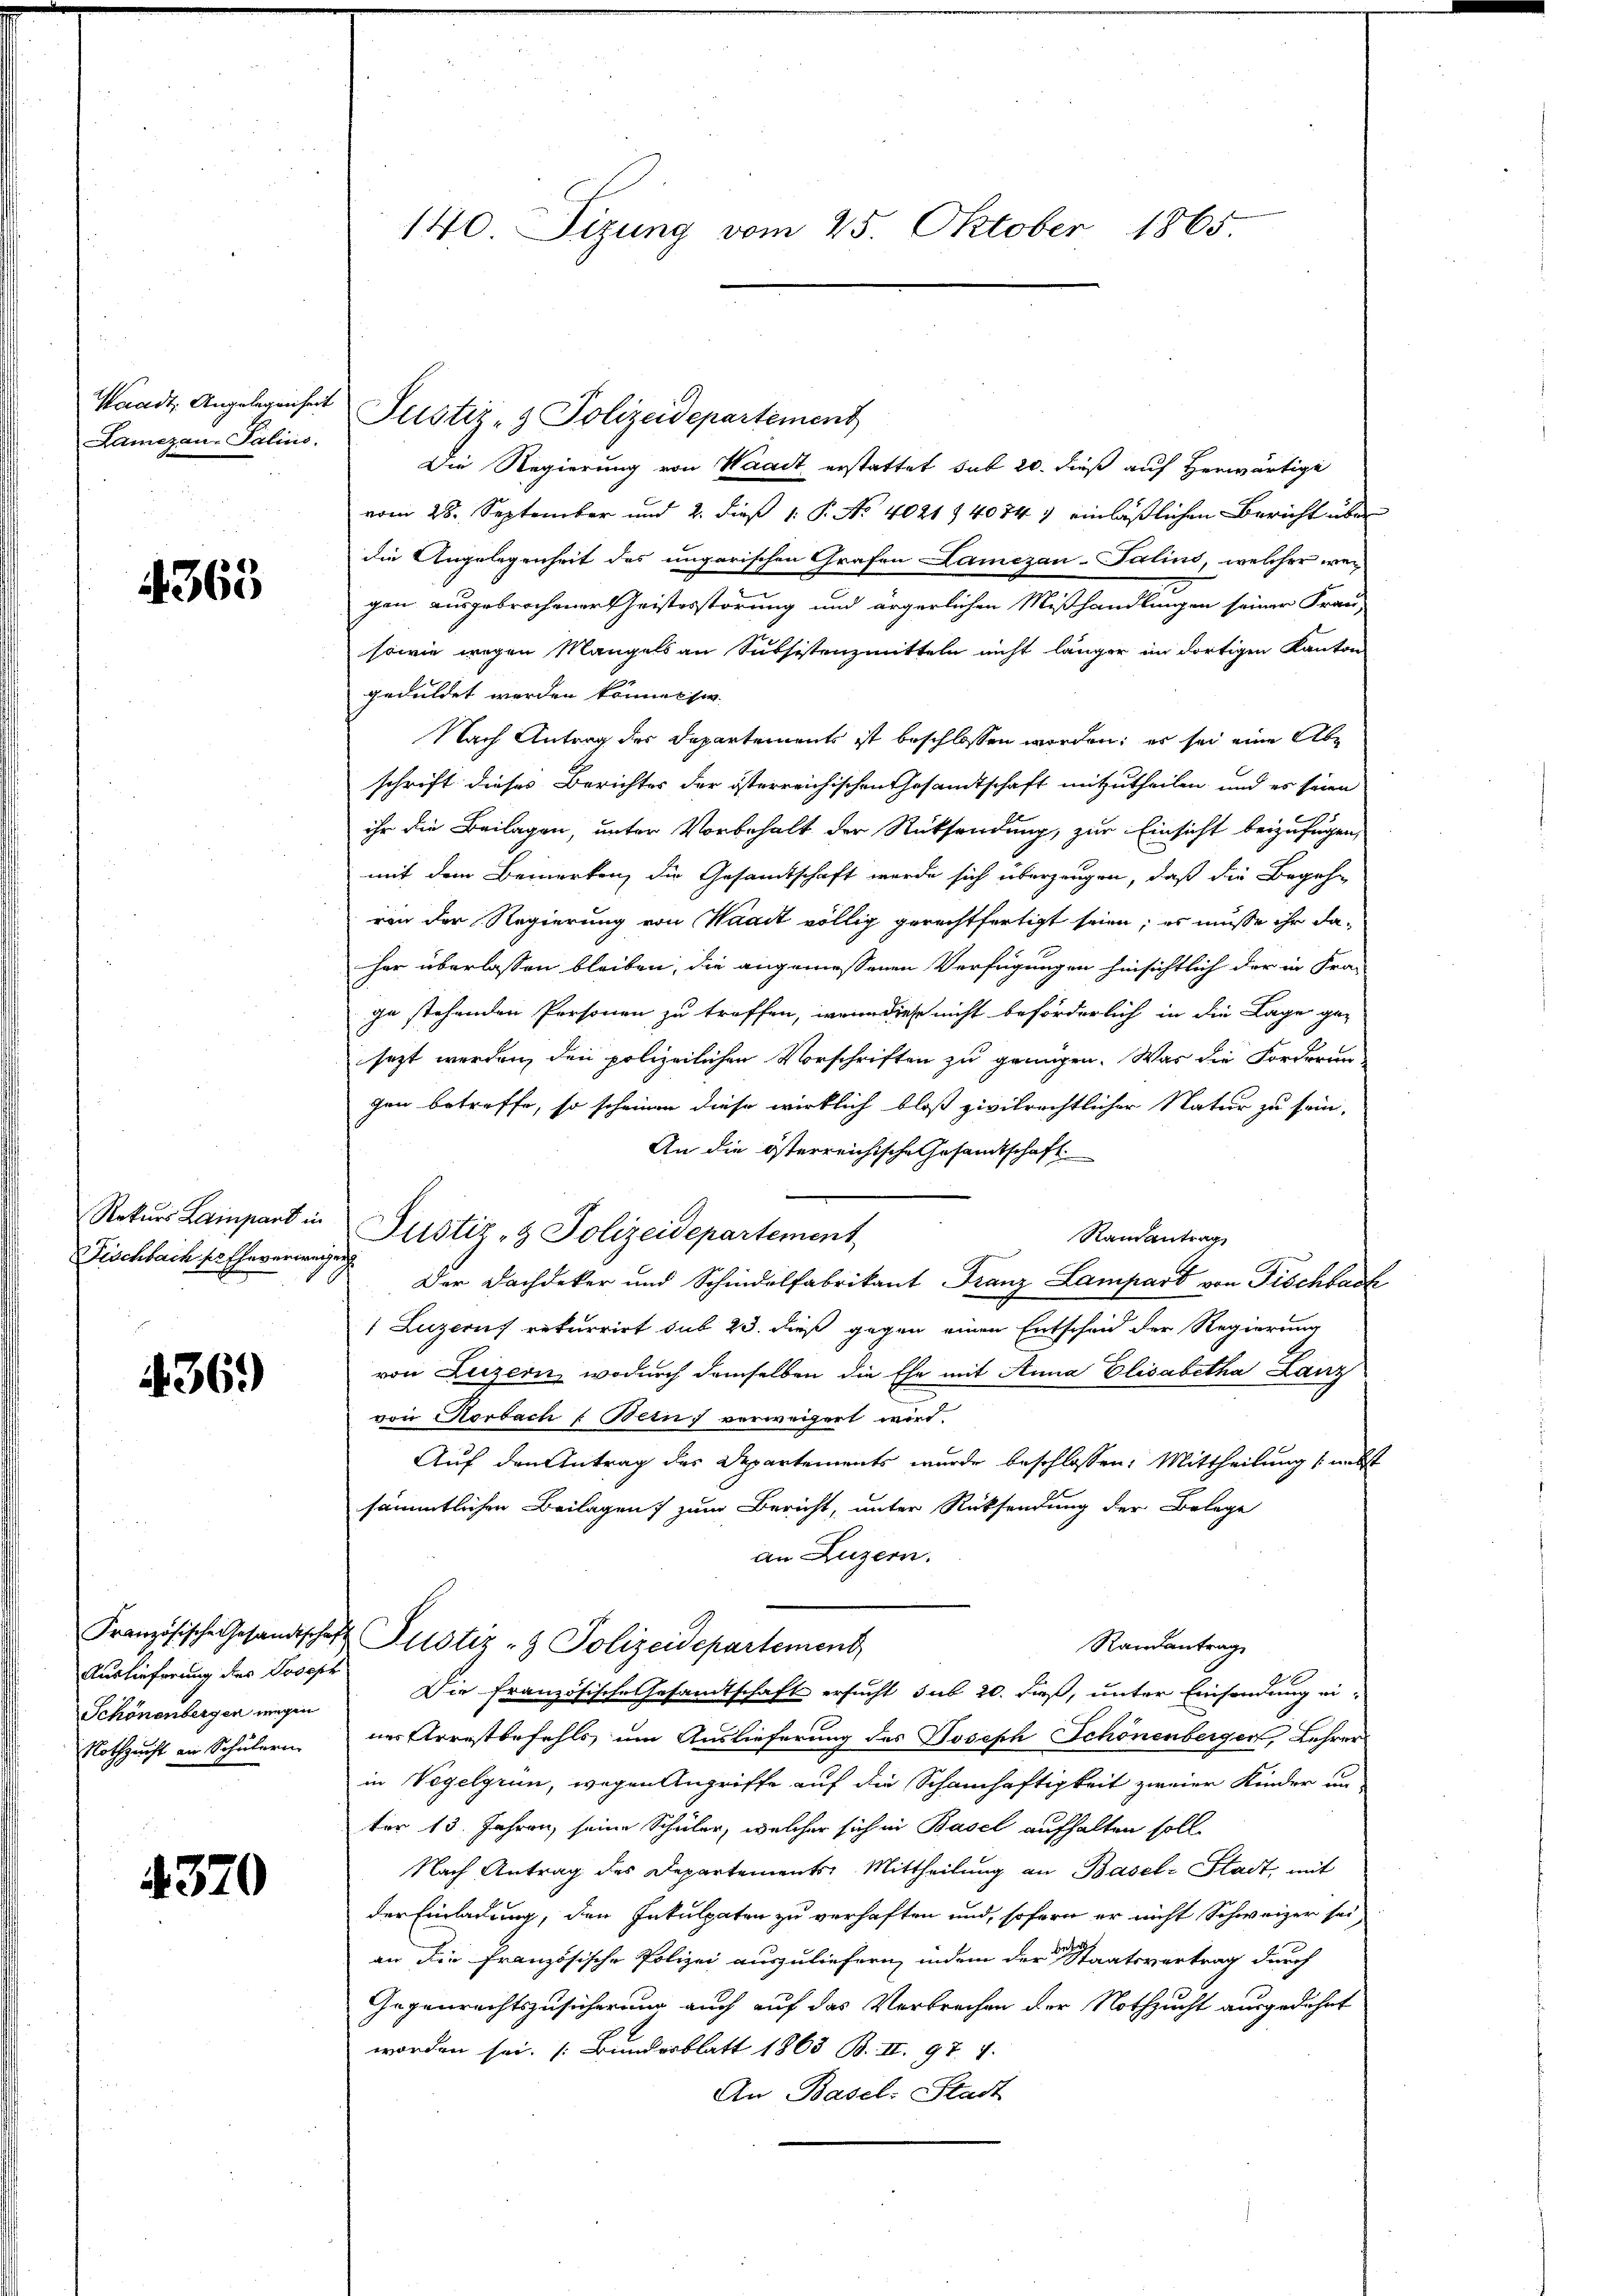
Waadt, Angelegenheit
Lamezan-Palins.

4363

Rekurs Lainpart in
Fischbach der Eheverwegen

436.)

Auslieferung des Joseph
Schönenbergen wegen
Nothzucht an Schülern.

4370

140. Sizung vom 25. Oktober 1865

Die Regierung von Waadt, erstattet sub 20. dieß auf herwärtige
vom 28. September und 2. dieß 1: P. No 4021 14074 7 einläßlichen Bericht über
die Angelegenheit des ungarischen Grafen Lamezan-Salins, welcher wer
gen ausgebrochener Geistesstörung und ärgerlichen Mißhandlungen seiner Frau-
sowie wegen Mangels an Subsistenzmitteln nicht länger im dortigen Kanton
geduldet werden können sie.
Nach Antrag der Departements ist beschlossen worden; es sei eine Abe
schrift dieses Berichtes der österreichischen Gesandtschaft mitzutheilen, und es seien
ihr die Beilagen, unter Vorbehalt der Rücksendung, zur Einsicht beizufügen,
mit dem Bemerken, die Gesandtschaft werde sich überzeugen, daß die Begehren der Regierung von Waadt völlig gerechtfertigt seien; es müsse ihr daher überlassen bleiben, die angemessenen Verfügungen hinsichtlich der in Fra-
ge stehenden Personen zu treffen, wenn diese nicht beförderlich in die Lage gesezt werden, den polizeilichen Vorschriften zu genügen. Was die Forderung
gen betreffe, so scheinen diese wirklich bloß zivilrechtlicher Natur zu sein,
An die österreichische Gesandtschaft
Justiz- & Polizeidepartement,
Raisantrag
Der Dachdeker und Schindelfabrikant Franz Lampart von Fischbach
1 Luzern rekurrirt sub 23. dieß gegen einen Entscheid der Regierung
von Luzern, wodurch demselben die Ehe mit Anna Elisabetha Lanz
von Horbach : Bern, verweigert wird.
Auf den Antrag des Departements wurde beschlossen: Mittheilung nebst
sämmtlichen Beilagen zum Bericht, unter Rücksendung der Belage
an Luzern.
Französische Gesandtschaft Justiz- & Polizeidepartement
Randantrag
Die französische Gesandtschaft ersucht sub 20. daß, unter Einsendung eines Arrestbefehls um Auslieferung des Joseph Schönenberger, Lehrer
in Vögelgrun, wegen Angriffe auf die Schamhaftigkeit zweier Kinder un
ter 13. Jahren, seine Schüler, welcher sich in Basel aufhalten soll.
Nach Antrag des Departements Mittheilung an Basel-Stadt, mit
der Einladung, den Inkulpaten zu verhaften und, sofern er nicht Schweizer sei
an die Französische Polizei auszuliefern, indem der Staatsvertrag durch
Gegenrechtszusicherung auch auf das Verbrechen der Nothzucht ausgedehnt
worden sei. (Bundesblatt 1863 B. III. 97. 7.
An Basel: Stadt

Justiz- & Polizeidepartement